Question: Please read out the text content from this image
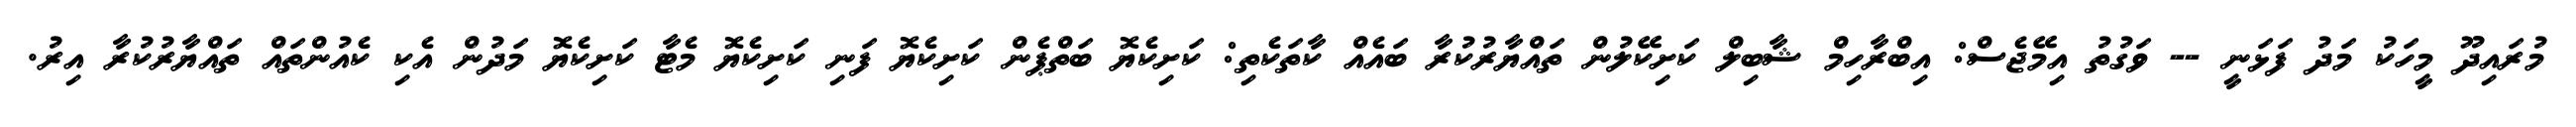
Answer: މުރައިދޫ މީހަކު މަދު ފަޅަނީ -- ވަގުތު އިމޭޖެސް: އިބްރާހިމް ޝާބިލް ކަށިކޭލުން ތައްޔާރުކުރާ ބައެއް ކާތަކެތި: ކަށިކެޔޮ ބަތްޕެން ކަށިކެޔޮ ފަނި ކަށިކެޔޮ މެޓާ ކަށިކެޔޮ މަދުން އެކި ކެއުންތައް ތައްޔާރުކުރާ އިރު.